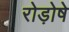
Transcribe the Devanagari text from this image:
रोड़ोषे